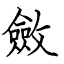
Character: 斂